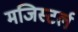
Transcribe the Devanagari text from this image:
मजिस्टर्ल